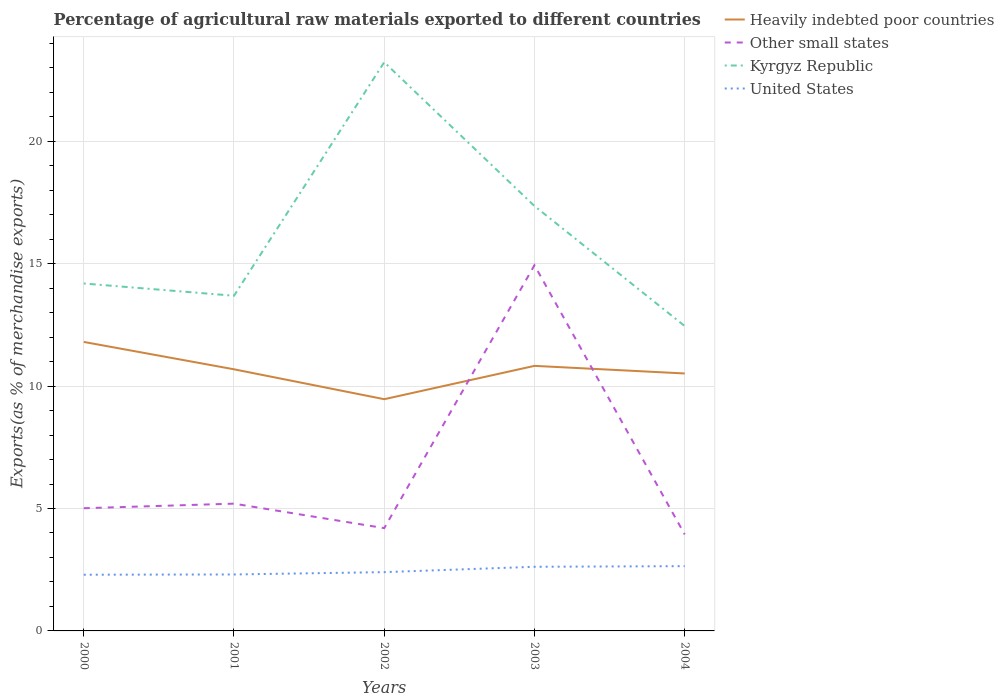
| Years | Heavily indebted poor countries | Other small states | Kyrgyz Republic | United States |
 | --- | --- | --- | --- | --- |
 | 2000 | 11.8 | 5.01 | 14.2 | 2.3 |
 | 2001 | 10.7 | 5.2 | 13.7 | 2.31 |
 | 2002 | 9.47 | 4.2 | 23.2 | 2.4 |
 | 2003 | 10.8 | 14.9 | 17.4 | 2.62 |
 | 2004 | 10.5 | 3.94 | 12.5 | 2.65 |